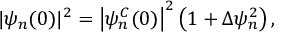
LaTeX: | \psi _ { n } ( 0 ) | ^ { 2 } = \left| \psi _ { n } ^ { C } ( 0 ) \right| ^ { 2 } \left( 1 + \Delta \psi _ { n } ^ { 2 } \right) ,